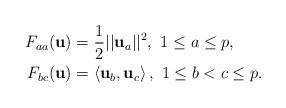
LaTeX: \begin{align*}F_{aa} ({\bf u}) & =\frac{1}{2}||{\bf u}_a||^2,\,\,1 \leq a\leq p, \\F_{bc} ({\bf u}) & = \left<{\bf u}_b,{\bf u}_c\right>,\,\,1\leq b<c\leq p. \end{align*}